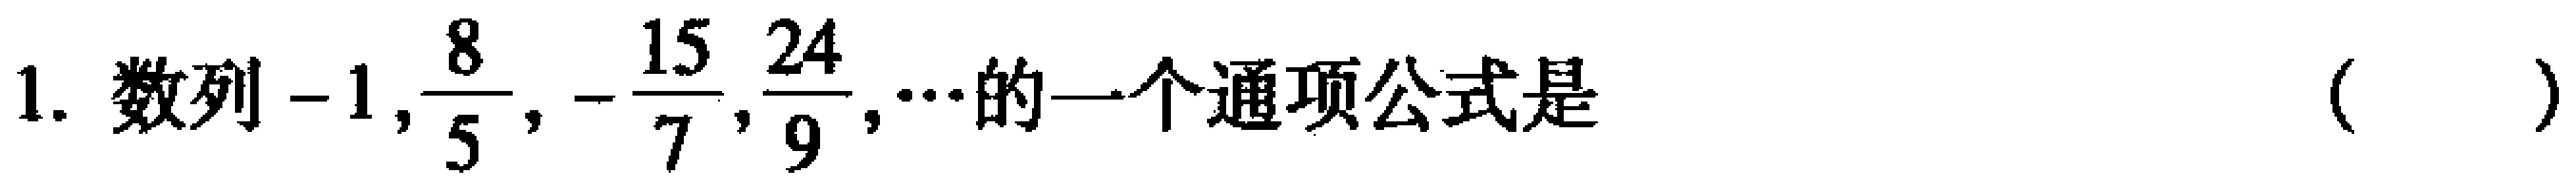
1. 数列\(-1,\frac{8}{5},-\frac{15}{7},\frac{24}{9},\cdots\)的一个通项公式是  (   )